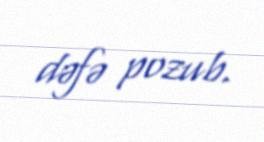
dəfə pozub.